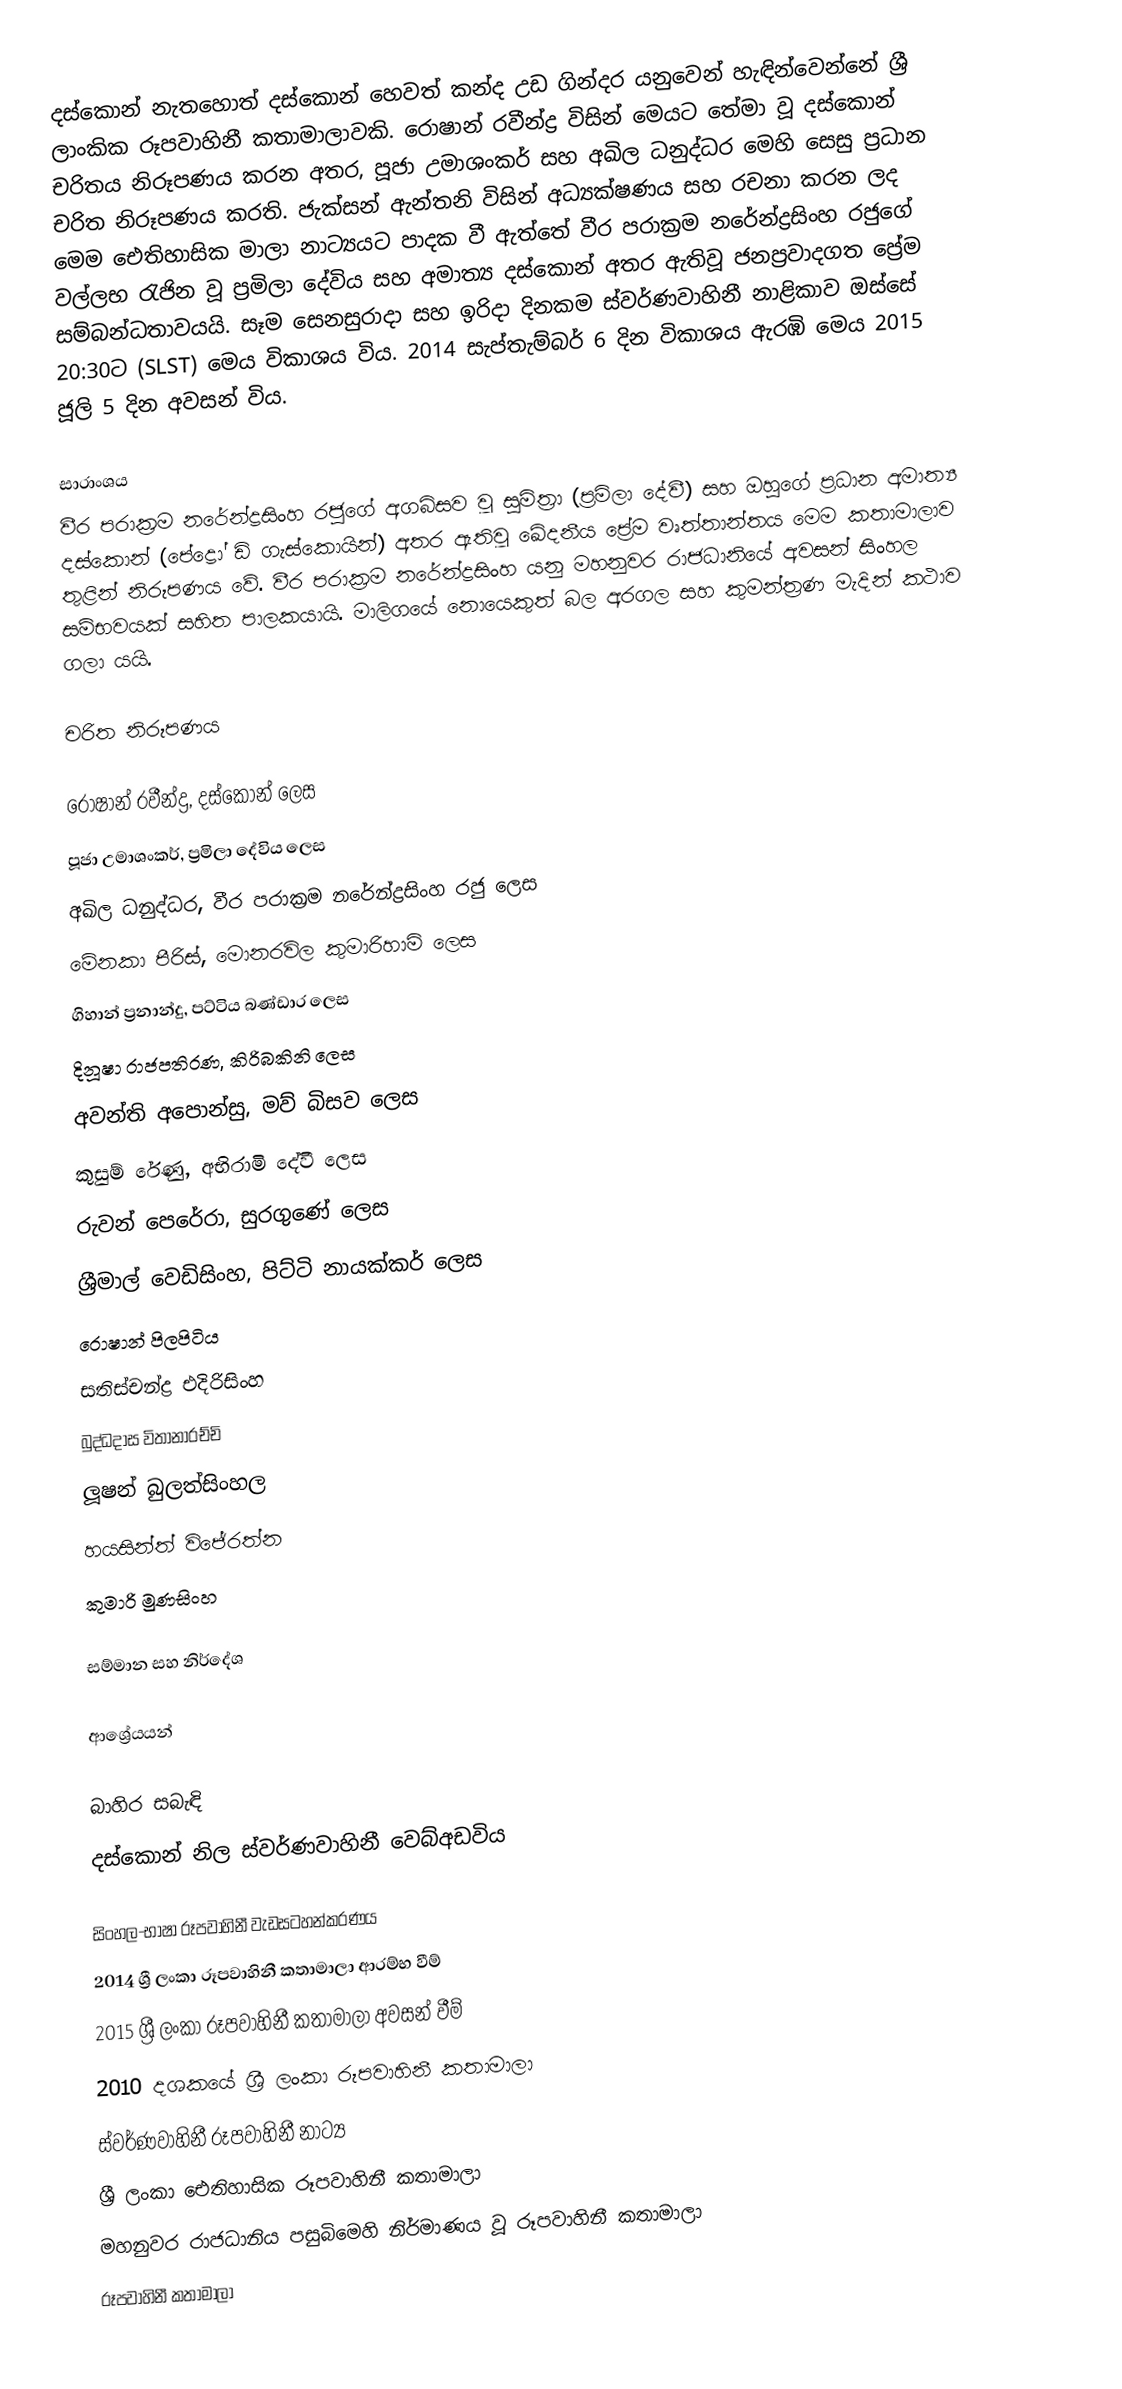
දස්කොන් නැතහොත් දස්කොන් හෙවත් කන්ද උඩ ගින්දර යනුවෙන් හැඳින්වෙන්නේ ශ්‍රී ලාංකික රූපවාහිනී කතාමාලාවකි. රොෂාන් රවීන්ද්‍ර විසින් මෙයට තේමා වූ දස්කොන් චරිතය නිරූපණය කරන අතර, පූජා උමාශංකර් සහ අඛිල ධනුද්ධර මෙහි සෙසු ප්‍රධාන චරිත නිරූපණය කරති. ජැක්සන් ඇන්තනි විසින් අධ්‍යක්ෂණය සහ රචනා කරන ලද මෙම ඓතිහාසික මාලා නාට්‍යයට පාදක වී ඇත්තේ වීර පරාක්‍රම නරේන්ද්‍රසිංහ රජුගේ වල්ලභ රැජින වූ ප්‍රමිලා දේවිය සහ අමාත්‍ය දස්කොන් අතර ඇතිවූ ජනප්‍රවාදගත ප්‍රේම සම්බන්ධතාවයයි.  සෑම සෙනසුරාදා සහ ඉරිදා දිනකම ස්වර්ණවාහිනී නාළිකාව ඔස්සේ 20:30ට (SLST) මෙය විකාශය විය. 2014 සැප්තැම්බර් 6 දින විකාශය ඇරඹි මෙය 2015 ජූලි 5 දින අවසන් විය.

සාරාංශය
වීර පරාක්‍රම නරේන්ද්‍රසිංහ රජුගේ අගබිසව වූ සුමිත්‍රා (ප්‍රමිලා දේවී) සහ ඔහුගේ ප්‍රධාන අමාත්‍ය දස්කොන් (පේද්‍රෝ ඩි ගැස්කොයින්) අතර ඇතිවූ ඛේදනීය ප්‍රේම වෘත්තාන්තය මෙම කතාමාලාව තුළින් නිරූපණය වේ. වීර පරාක්‍රම නරේන්ද්‍රසිංහ යනු මහනුවර රාජධානියේ අවසන් සිංහල සම්භවයක් සහිත පාලකයායි. මාලිගයේ නොයෙකුත් බල අරගල සහ කුමන්ත්‍රණ මැදින් කථාව ගලා යයි.

චරිත නිරූපණය

රොෂාන් රවීන්ද්‍ර, දස්කොන් ලෙස
පූජා උමාශංකර්, ප්‍රමිලා දේවිය ලෙස
අඛිල ධනුද්ධර, වීර පරාක්‍රම නරේන්ද්‍රසිංහ රජු ලෙස
මේනකා පීරිස්, මොනරවිල කුමාරිහාමි ලෙස
ගිහාන් ප්‍රනාන්දු, පට්ටිය බණ්ඩාර ලෙස
දිනූෂා රාජපතිරණ, කිරිබකිනි ලෙස
අවන්ති අපොන්සු, මව් බිසව ලෙස
කුසුම් රේණු, අභිරාමි දේවී ලෙස
රුවන් පෙරේරා, සුරගුණේ ලෙස
ශ්‍රීමාල් වෙඩිසිංහ, පිට්ටි නායක්කර් ලෙස
රොෂාන් පිලපිටිය
සතිස්චන්ද්‍ර එදිරිසිංහ
බුද්ධදාස විතානාරච්චි
ලූෂන් බුලත්සිංහල
හයසින්ත් විජේරත්න
කුමාරි මුණසිංහ

සම්මාන සහ නිර්දේශ

ආශ්‍රේයයන්

බාහිර සබැඳි
දස්කොන් නිල ස්වර්ණවාහිනී වෙබ්අඩවිය

 සිංහල-භාෂා රූපවාහිනී වැඩසටහන්කරණය
2014 ශ්‍රී ලංකා රූපවාහිනී කතාමාලා ආරම්භ වීම්
2015 ශ්‍රී ලංකා රූපවාහිනී කතාමාලා අවසන් වීම්
2010 දශකයේ ශ්‍රී ලංකා රූපවාහිනී කතාමාලා
ස්වර්ණවාහිනී රූපවාහිනී නාට්‍ය
ශ්‍රී ලංකා ඓතිහාසික රූපවාහිනී කතාමාලා
මහනුවර රාජධානිය පසුබිමෙහි නිර්මාණය වූ රූපවාහිනී කතාමාලා
රූපවාහිනී කතාමාලා